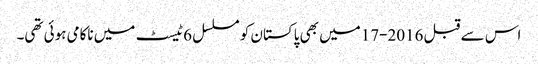
اس سے قبل 2016-17میں بھی پاکستان کو مسلسل 6ٹیسٹ میں ناکامی ہوئی تھی۔